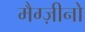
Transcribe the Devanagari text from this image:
मैग्ज़ीनो